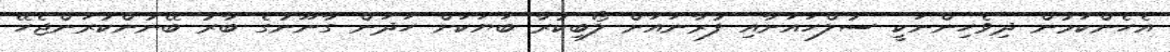
އެހެންކަމުން ދިވެހިންނަކީ ސުލްހައަށާއި ފުރާނައަށް ލޯބިކުރާ ބަޔަކަށް ހަދަން ގާނޫނުގެ ބާރު ބޭނުންކުރަންޖެހޭ